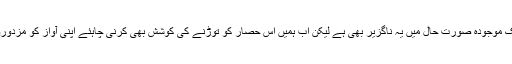
اور یہی طبقہ ہماری توجہ کا مرکز ہے ایک حد تک موجودہ صورت حال میں یہ ناگزیر بھی ہے لیکن اب ہمیں اس حصار کو توڑنے کی کوشش بھی کرنی چاہئے اپنی آواز کو مزدوروں اور کسانوں اور کسانوں کا ترجمان بنانا چاہئے۔